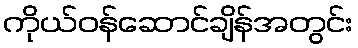
ကိုယ်ဝန်ဆောင်ချိန်အတွင်း